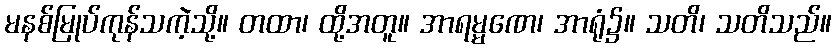
မနစ်မြုပ်ကုန်သကဲ့သို့။ တထာ၊ ထို့အတူ။ အာရမ္မဏေ၊ အာရုံ၌။ သတိ၊ သတိသည်။